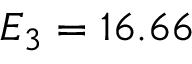
E _ { 3 } = 1 6 . 6 6